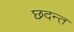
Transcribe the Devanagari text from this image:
छदन्त